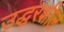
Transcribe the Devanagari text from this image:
उद्धरशील